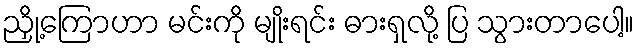
ညှို့ကြောဟာ မင်းကို မျိုးရင်း ဓားရှလို့ ပြ သွားတာပေါ့။